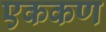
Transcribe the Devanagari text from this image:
एककण